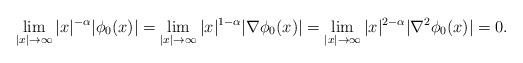
LaTeX: \begin{align*}\lim_{|x|\rightarrow \infty} |x|^{-\alpha} |\phi_0(x)|=\lim_{|x|\rightarrow \infty} |x|^{1-\alpha} |\nabla \phi_0(x)| =\lim_{|x|\rightarrow \infty} |x|^{2-\alpha}| \nabla^2 \phi_0(x)|=0.\end{align*}